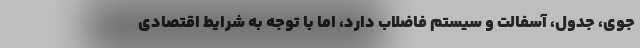
جوی، جدول، آسفالت و سیستم فاضلاب دارد، اما با توجه به شرایط اقتصادی